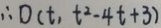
\therefore D ( t , t ^ { 2 } - 4 t + 3 )